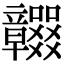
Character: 𥫖